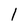
Character: 1